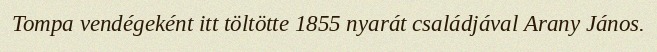
Tompa vendégeként itt töltötte 1855 nyarát családjával Arany János.